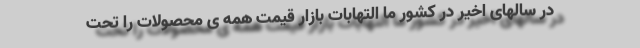
در سالهای اخیر در کشور ما التهابات بازار قیمت همه ی محصولات را تحت